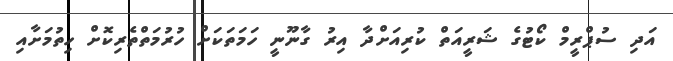
އަދި ސުޕްރީމް ކޯޓުގެ ޝަރީއަތް ކުރިއަށްދާ އިރު ގާނޫނީ ހަމަތަކަށް ހުރުމަތްތެރިކޮށް ހިތުމަށާއި